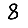
Digit: 8